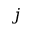
j